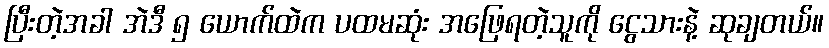
ပြီးတဲ့အခါ အဲဒီ ၅ ယောက်ထဲက ပထမဆုံး အဖြေရတဲ့သူကို ငွေသားနဲ့ ဆုချတယ်။